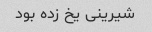
شیرینی یخ زده بود